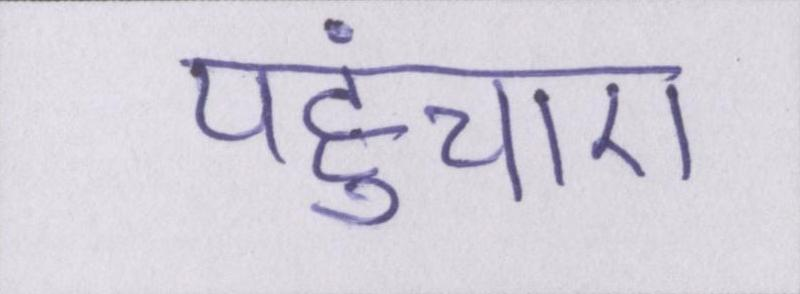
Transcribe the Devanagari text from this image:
पहुंचाए